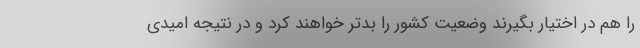
را هم در اختیار بگیرند وضعیت کشور را بدتر خواهند کرد و در نتیجه امیدی